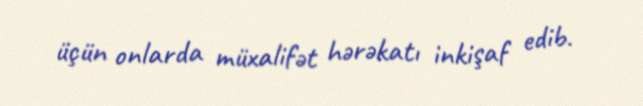
üçün onlarda müxalifət hərəkatı inkişaf edib.